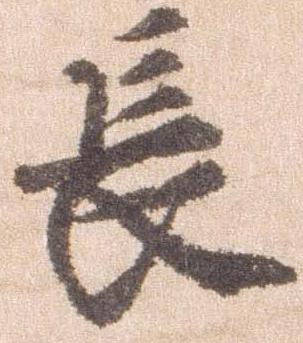
長